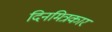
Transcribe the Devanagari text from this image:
दिनमित्रकार